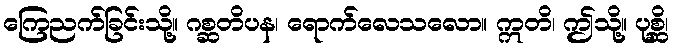
ကြေညက်ခြင်းသို့။ ဂစ္ဆတိပန၊ ရောက်လေသလော။ ဣတိ၊ ဤသို့။ ပုစ္ဆိ၊